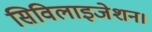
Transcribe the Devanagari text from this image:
सिविलाइजेशन।